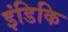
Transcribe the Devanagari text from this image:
इंडिकि